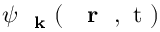
\psi _ { \mathrm { ~ \bf ~ k ~ } } ( \mathrm { ~ { ~ \bf ~ r ~ } ~ , ~ t ~ } )